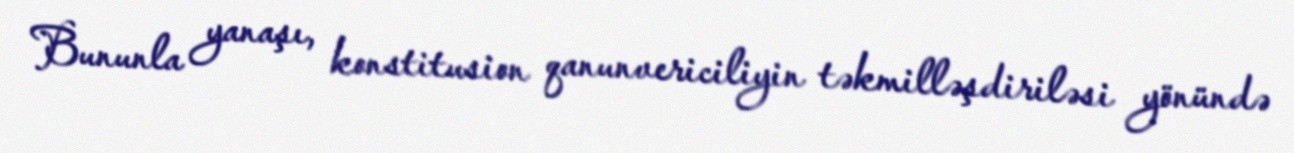
Bununla yanaşı, konstitusion qanunvericiliyin təkmilləşdiriləsi yönündə